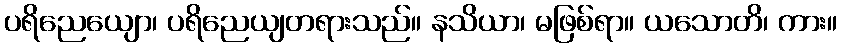
ပရိညေယျော၊ ပရိညေယျတရားသည်။ နသိယာ၊ မဖြစ်ရာ။ ယသောတိ၊ ကား။